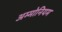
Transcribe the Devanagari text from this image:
अम्मोनियम